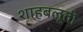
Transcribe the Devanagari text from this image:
शाहबलूती